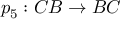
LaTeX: p _ { 5 } : C B \rightarrow B C